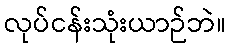
လုပ်ငန်းသုံးယာဉ်ဘဲ။